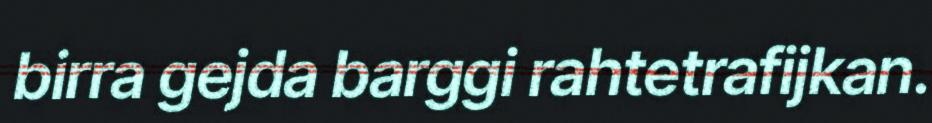
birra gejda barggi rahtetrafijkan.